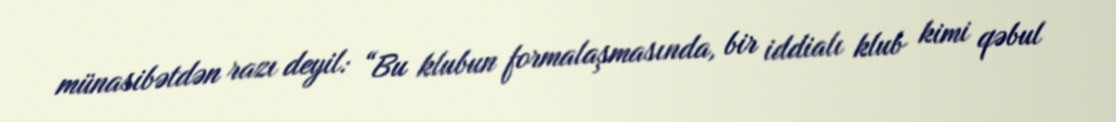
münasibətdən razı deyil: “Bu klubun formalaşmasında, bir iddialı klub kimi qəbul